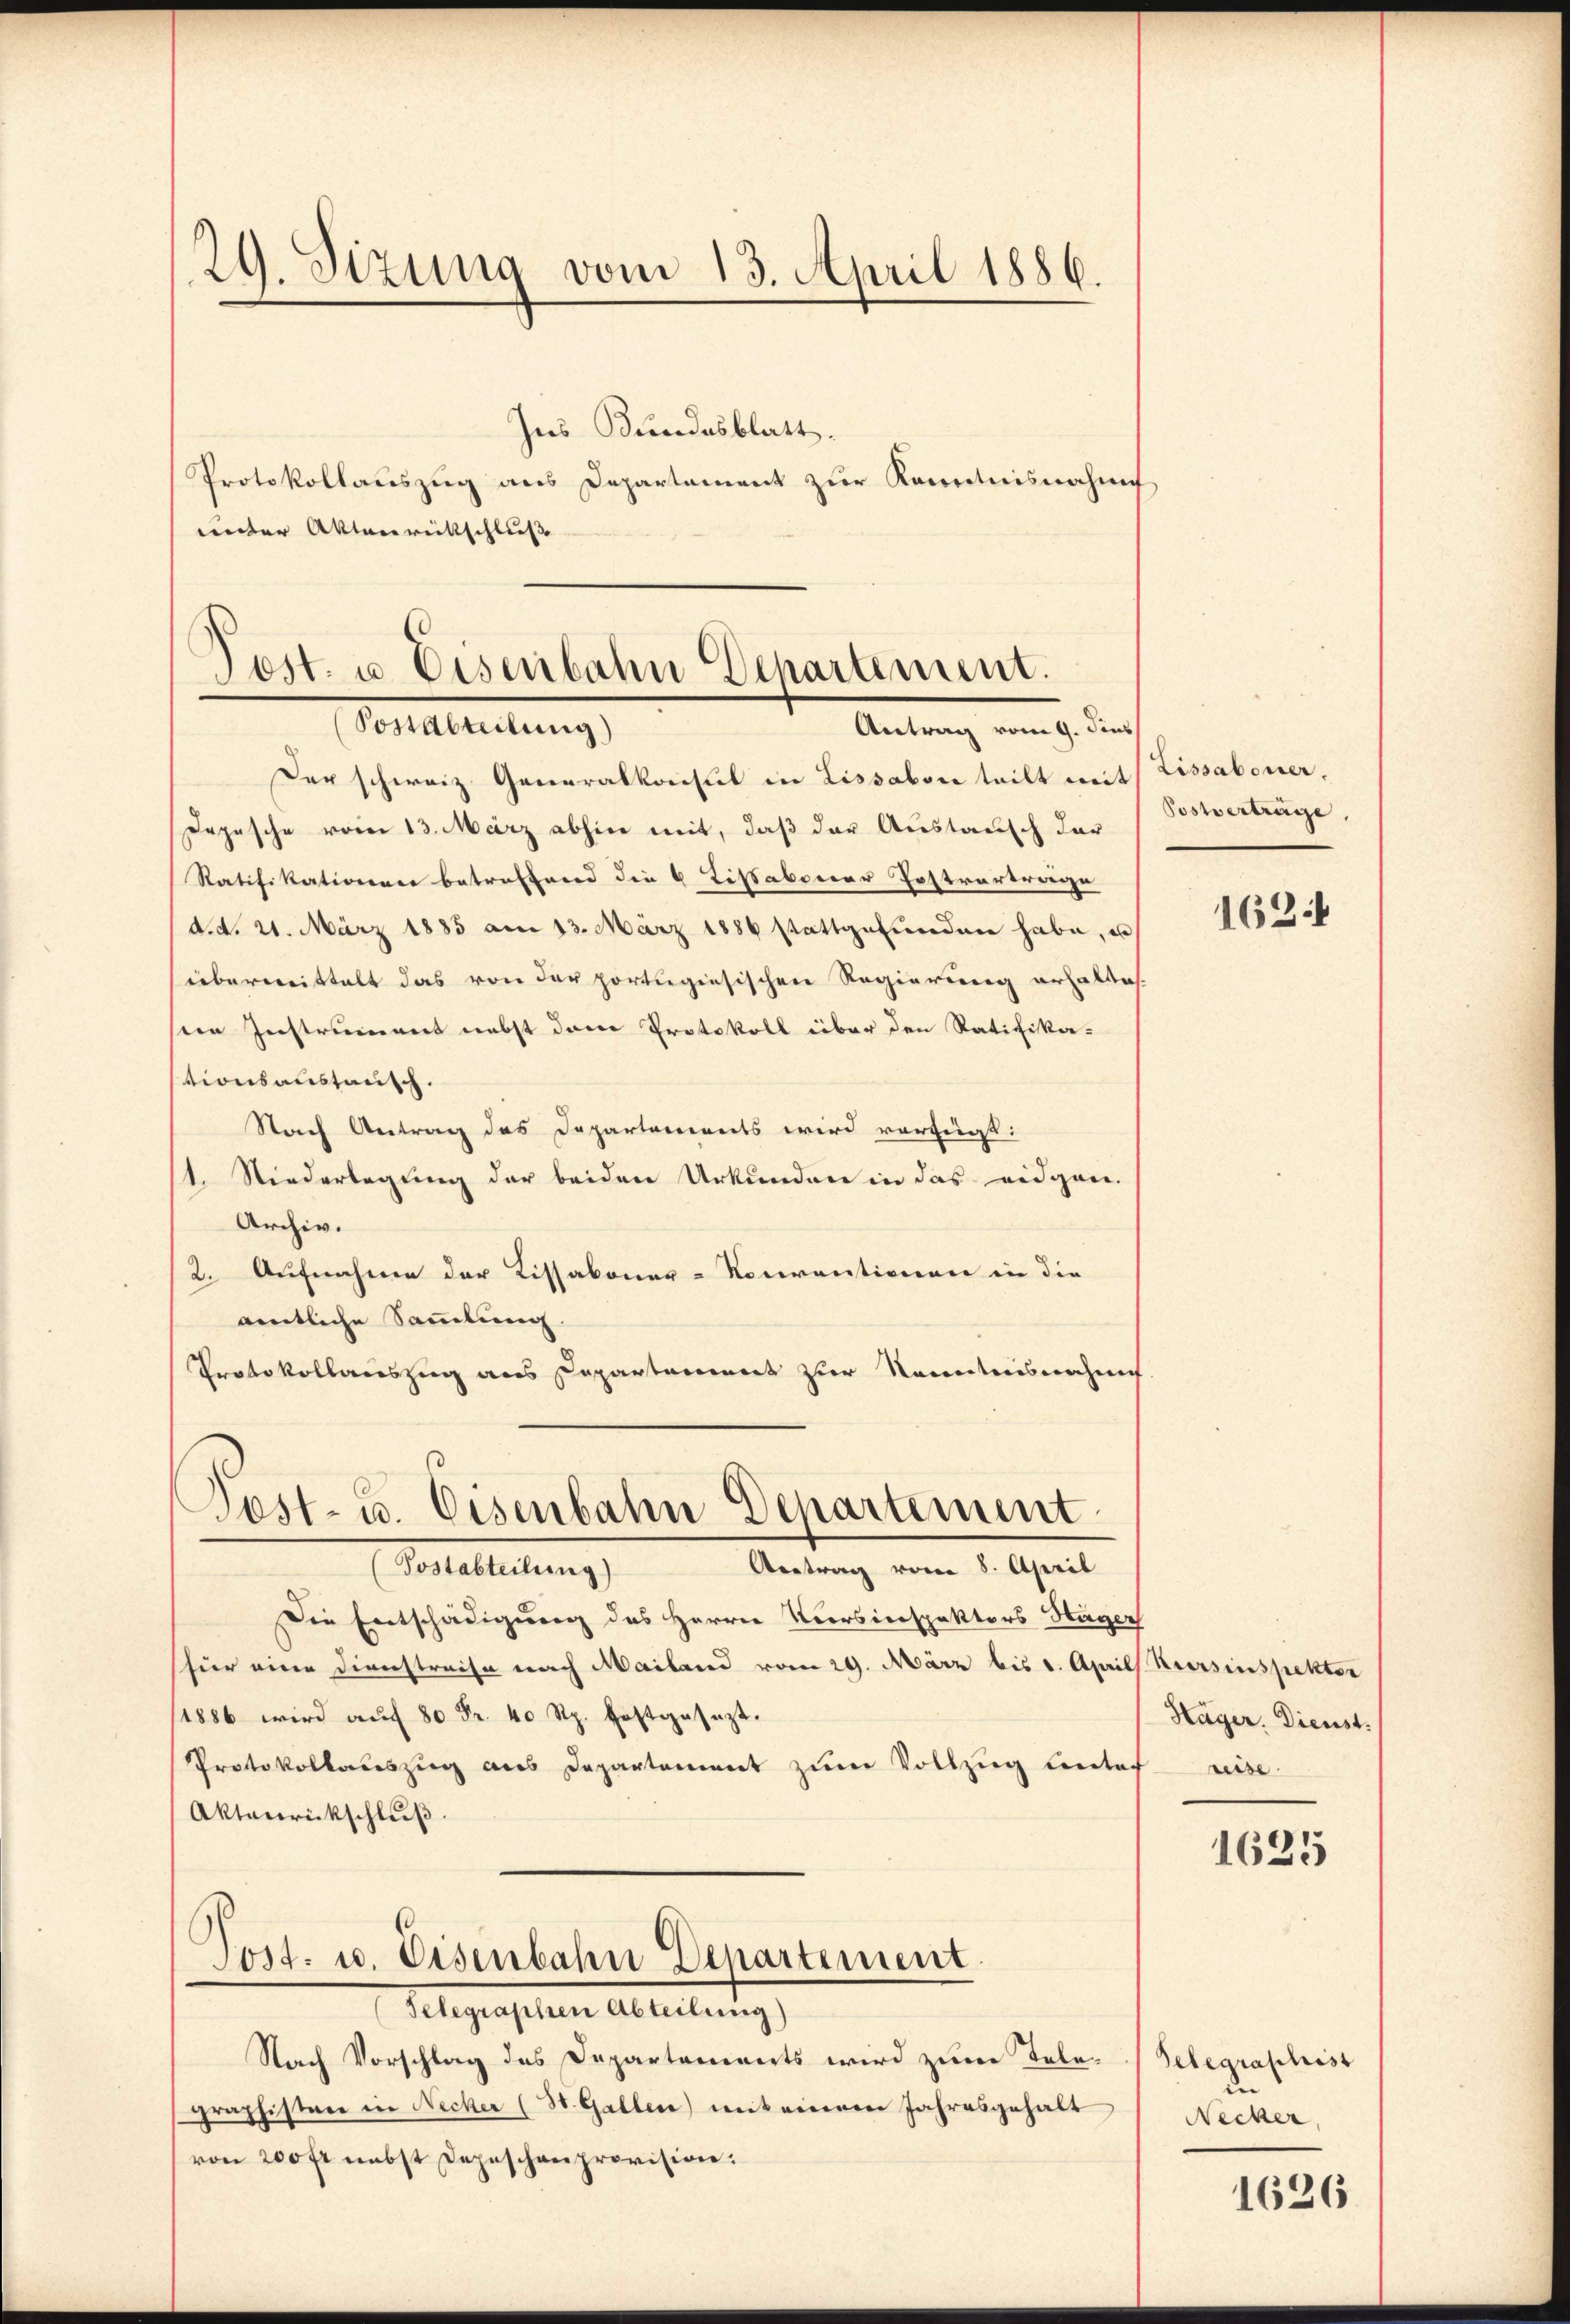
29. Sizung vom 13. April 1886.

Ins Bundesblatt.
Protokollauszug aus Departament zur Kenntnisnahme
unter Aktenreitschluss |

Der schweiz. Generalkonsul in Lissabon teilt mit Lissaboner,
Depesche vom 13. März abhin mit, daß der Austausch der
Ratifikationen betreffend die 6 Listabener Postvertrage
d. d. 21. März 1885 am 13. März 1886 stattgefŭnden habe, u
übermittelt das von der portugisischen Regierung erhaltes.
sein Instrument nebst den Protokoll über den Ratifika-
tionsaustausch.
Nach Antrag des Departements wird vorzeigt:
1. Niederlegung der beiden Urkunden in das eidgen.
Archiv.
2. Aufnahme der Kissaboner-Nocrentionen in die
amtliche Sammlung.
Protokollauszug aus Capartement zur Kenntnisnahme

Pest. u. Eisenbahn Departement.
Postabteilung)
Antrag vom 9. Jens

Fest- u. Eisenbahn Departement.
Antrag vom 8. April
Forelleitung)

Post. u. Eisenbahn Departiment.
Flegensten Abteilung

Die Entschädigung des Herrn Versinspektors Hager
shier eine Dienstreise nach Mailand vom 29. März bis 1. April Korsinspektor
/1886 wird auf 80 Fr. 40 Rp. festgesezt.
Protokollauszug aus Departement zum Vollzug unter reise.
Aktenrückschlŭβ

Nach Vorschlag des Departements wird zum Telegraphisten in Necker (St. Gallen) mit einem Jahresgehalt
von 200 fr nebst Depeschenprovision.

Postverträge,

162

Häger. Dienst.

1625

Telegraphist
Necker,

1626